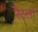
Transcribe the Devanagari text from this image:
नैटली